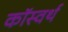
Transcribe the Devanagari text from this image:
कॉस्वर्थ